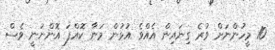
10 މީހުންނަށް ވުރެ ގިނައިން އެއްވެ އުޅުން މަނާ ކޮއްފަ އޮންނަނީ ވެސް